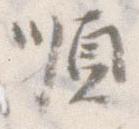
順